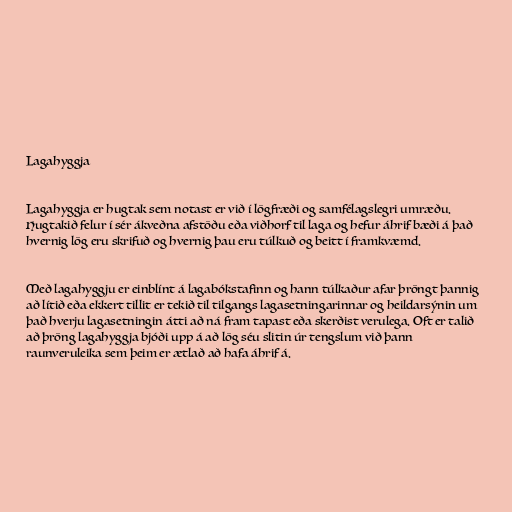
Lagahyggja

Lagahyggja er hugtak sem notast er við í lögfræði og samfélagslegri umræðu.
Hugtakið felur í sér ákveðna afstöðu eða viðhorf til laga og hefur áhrif bæði á það
hvernig lög eru skrifuð og hvernig þau eru túlkuð og beitt í framkvæmd.

Með lagahyggju er einblínt á lagabókstafinn og hann túlkaður afar þröngt þannig
að lítið eða ekkert tillit er tekið til tilgangs lagasetningarinnar og heildarsýnin um
það hverju lagasetningin átti að ná fram tapast eða skerðist verulega. Oft er talið
að þröng lagahyggja bjóði upp á að lög séu slitin úr tengslum við þann
raunveruleika sem þeim er ætlað að hafa áhrif á.